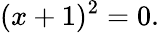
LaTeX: (x+1)^{2}=0.